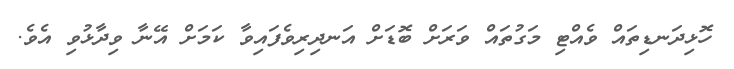
ހޮޅިދަނޑިތައް ވެއްޓި މަގުތައް ވަރަށް ބޮޑަށް އަނދިރިވެފައިވާ ކަމަށް އޭނާ ވިދާޅުވި އެވެ.